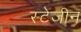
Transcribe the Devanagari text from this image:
स्टेजीन